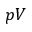
p V